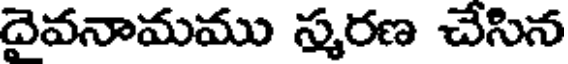
దైవనామము స్మరణ చేసిన